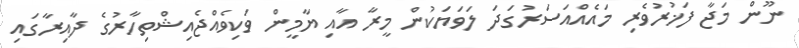
ނޫން މަޖާ ފަޚުރުވެރި މައެއްއަސަރުގަދަ ލަވަޔަކުން މީރާ އާއި ޔާމީން ވަކިވެއްޖެއިޝްތިހާރުގެ ދާއިރާގައި